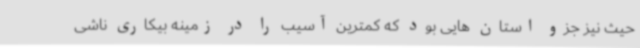
حیث نیز جزو استان هایی بود که کمترین آسیب را در زمینه بیکاری ناشی